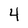
Character: 4